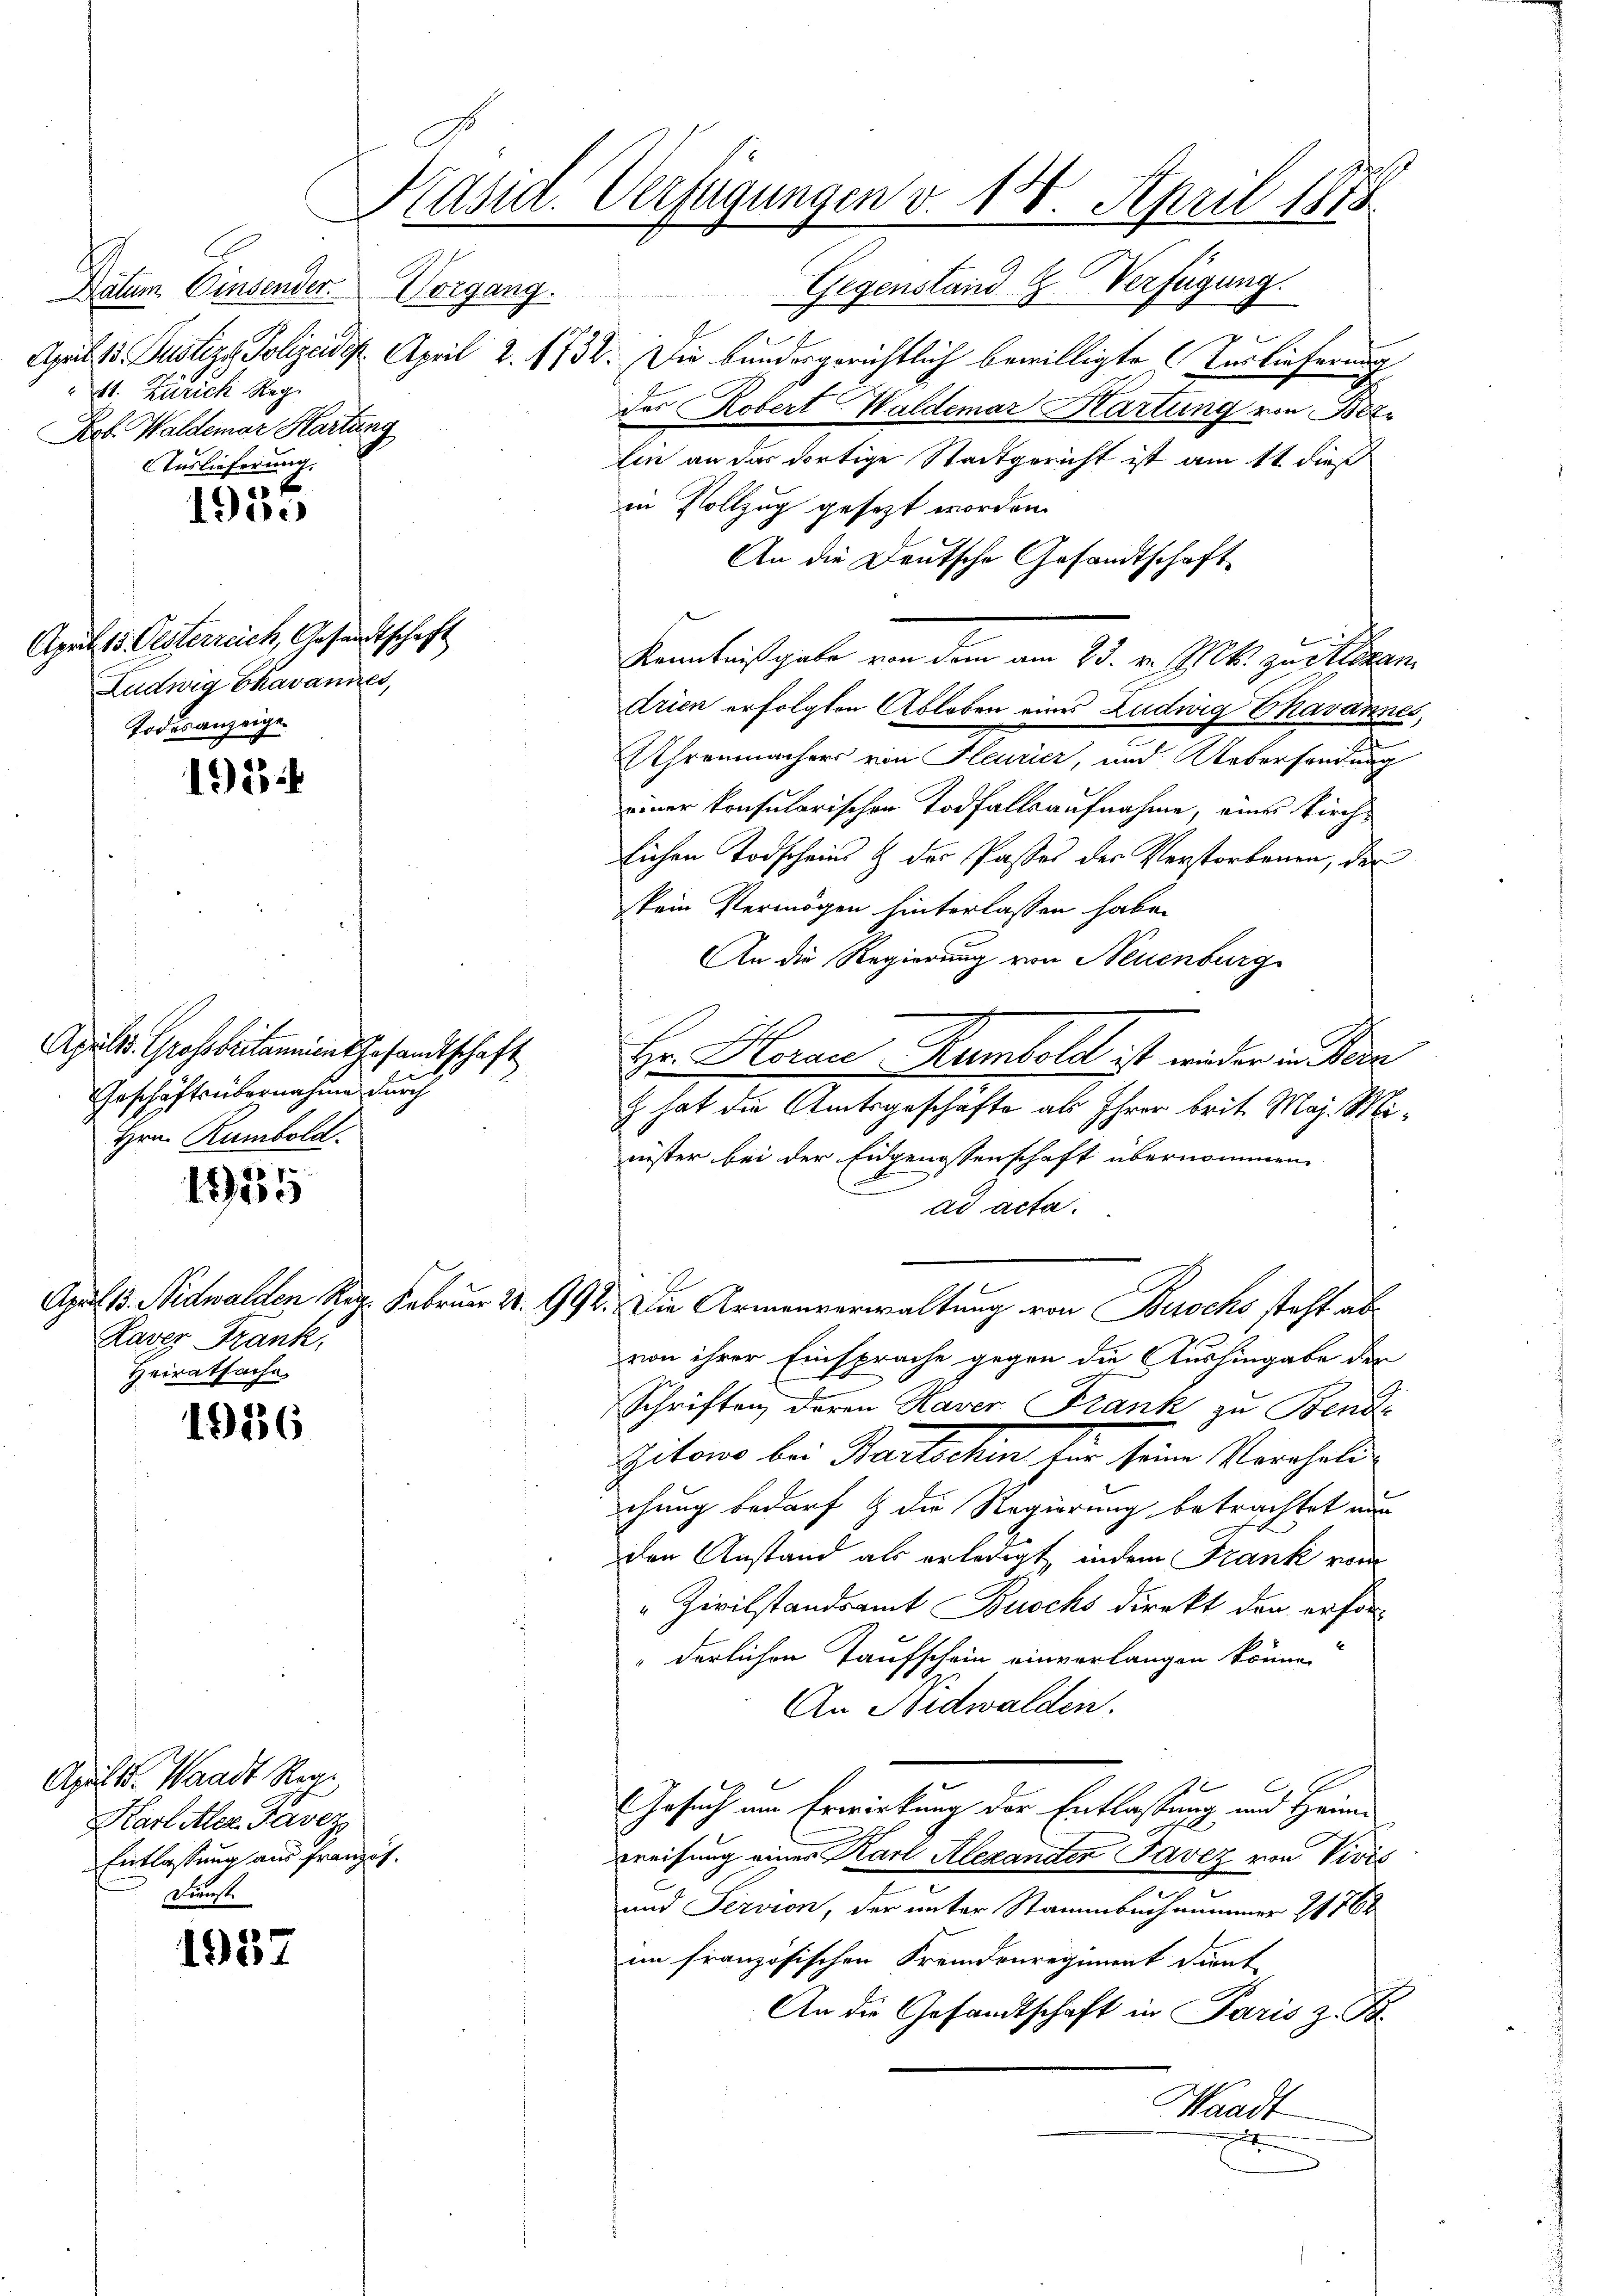
Datum. Einsender.
11. Zürich Reg.
Pob. Waldemar Hartung
AAuslieferung.

1983

1913

Apältr. Grossbritannien Gesandtschaft
Geschäftsübernahme durch
Hrn. Rumbold.

1955

1986

April. Waadt Regi
Karl Aller Tavez
Entlassung aus französ.
Dienst.

1937

Präsid. Verfügungen v. 14. April 1873.
Gegenstand & Verfügung.
Uorgang.

April 15. Oesterreich, Gesandtschaft
Ludwig Ekavanires,
Todesanzeige

Raver Frank,
Heiratsache

April 13. Justizg Polizeides April 2. 1732. Die bundergerichtlich bewilligte Auslieferung
das Robert Waldemar Hartung von Bez
Ein an der dortige Stadtgericht ist am 11 dieß
in Vollzug gesetzt worden.
An die Deutsche Gesandtschaft
drien erfolgten Ableben eines Ludwig Ekavannes,
Uhrenmachers von Heurier, und Uebersendung
einer konsularischen Todfallsaufnahme, eines Kirchlichen Todscheins & der Passes des Verstorbenen, der
kein Vermögen hinterlassen habe.
An die Regierung von Neuenburg
Hr. Herau Rumbold ist wider in Dire
Es hat die Amtsgeschäfte als Ihren beit. May. Mirüster bei der Eidgenossenschaft übernommen
ad acta.
April 18. Nidwalden Reg. Februar 18992. Die Armenverwaltung von Buochs steht ab
von ihrer Einsprache gegen die Aushingabe der
Schriften, deren Haver (Frank zu Bende
itons bei Hartschen sie seine Vereheli
chung bedarf & die Regierung betrachtet nun
den Anstand als erledigt, indem Frank vom
"Zivilstandsamt Buochs direkt den erforderlichen Taufschein einverlangen könne.
An Nidwalden.
Gesuch um Erwirkung der Entlassung und Heim
wreifung eines Karl Alexander Pavez von Vivis
J
n
und Servion, der unter Stammbechnummer 14762
im französischen Fremdenregiment dient
An die Gesandtschaft in Paris z. B.
Waadt
t

Kenntniß habe von dem am 25. v. Mt. zu stehen